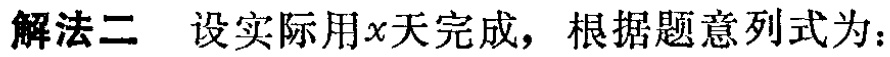
解法二 设实际用\(x\)天完成，根据题意列式为：